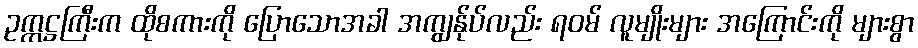
ဥက္ကဋ္ဌကြီးက ထိုစကားကို ပြောသောအခါ အကျွန်ုပ်လည်း ရဝမ် လူမျိုးများ အကြောင်းကို များစွာ